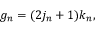
g _ { n } = ( 2 j _ { n } + 1 ) k _ { n } ,